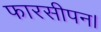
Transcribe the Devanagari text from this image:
फारसीपन।